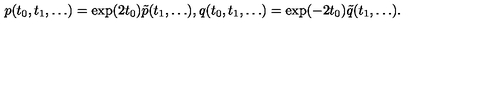
p ( t _ { 0 } , t _ { 1 } , \dots ) = \exp ( 2 t _ { 0 } ) \tilde { p } ( t _ { 1 } , \dots ) , q ( t _ { 0 } , t _ { 1 } , \dots ) = \exp ( - 2 t _ { 0 } ) \tilde { q } ( t _ { 1 } , \dots ) .